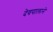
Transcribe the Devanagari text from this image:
देवपालाने